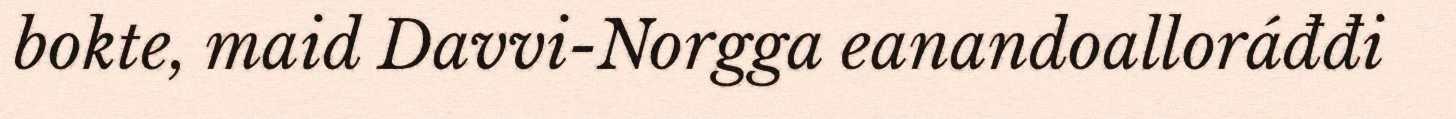
bokte, maid Davvi-Norgga eanandoalloráđđi